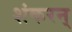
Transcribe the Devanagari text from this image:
शंकरन्